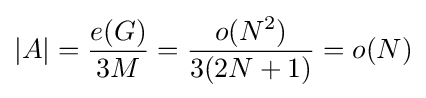
|A|={\frac {e(G)}{3M}}={\frac {o(N^{2})}{3(2N+1)}}=o(N)